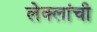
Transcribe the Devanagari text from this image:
लेक्लांची